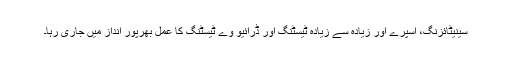
سینیٹائزنگ، اسپرے اور زیادہ سے زیادہ ٹیسٹنگ اور ڈرائیو وے ٹیسٹنگ کا عمل بھرپور انداز میں جاری رہا۔